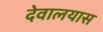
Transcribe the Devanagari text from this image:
देवालयास